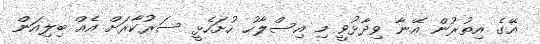
އޭގެ އިތުރުން އޭނާ ވިދާޅުވީ މި އިސްލާހު ހުށަހެޅީ ސަރުކާރަށް އެއް ބިލިއަން